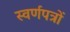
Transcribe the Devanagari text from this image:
स्वर्णपत्रों